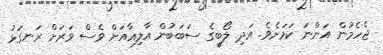
ޖެހެމުން އަންނަ ކަމަށެވެ. އަދި ލޯބީގެ ސަބަބުން އާލިއާއަށް ވެސް ވަރަށް ރަނގަޅު